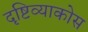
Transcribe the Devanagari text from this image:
दृष्टिव्याकोस